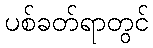
ပစ်ခတ်ရာတွင်